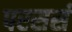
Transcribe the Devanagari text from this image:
परसर्स